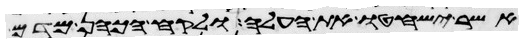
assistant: אשר ישחטו את העלה ולקח הכהן מדם